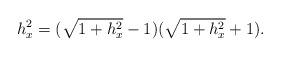
LaTeX: \begin{align*}h_{x}^{2}=(\sqrt{1+h_{x}^{2}}-1)(\sqrt{1+h_{x}^{2}}+1).\end{align*}